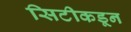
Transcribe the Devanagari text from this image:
सिटीकडून